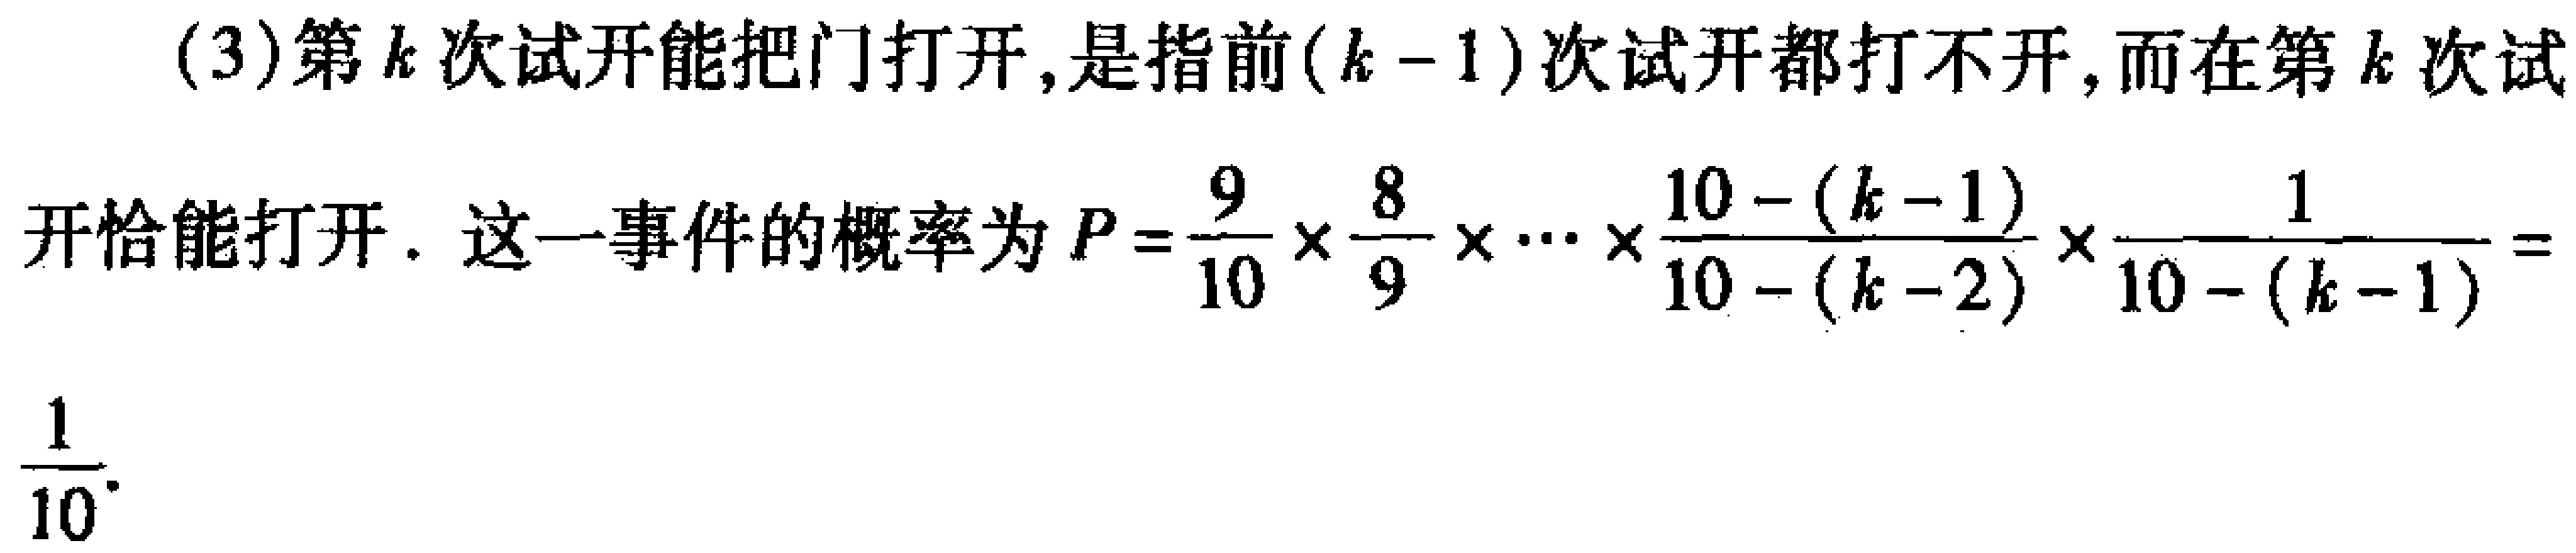
(3)第\(k\)次试开能把门打开,是指前\((k - 1)\)次试开都打不开,而在第\(k\)次试
开恰能打开．这一事件的概率为\(P = \frac{9}{10} \times \frac{8}{9} \times \cdots \times \frac{10 - (k - 1)}{10 - (k - 2)} \times \frac{1}{10 - (k - 1)} = \frac{1}{10}\)．